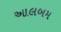
આલબમ